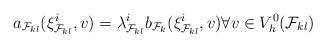
LaTeX: \begin{align*} a_{\mathcal{F}_{k l}}(\xi^i_{\mathcal{F}_{k l}},v)=\lambda_{\mathcal{F}_{k l}}^i b_{\mathcal{F}_{k}}(\xi^i_{\mathcal{F}_{k l}}, v)\forall v\in V^0_h(\mathcal{F}_{k l})\end{align*}